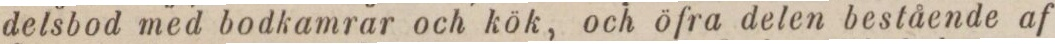
delsbod med bodkamrar och kök, och öfra delen bestående af